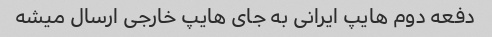
دفعه دوم هایپ ایرانی به جای هایپ خارجی ارسال میشه